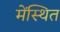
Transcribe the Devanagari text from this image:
मेंस्थित